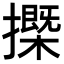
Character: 𢷽